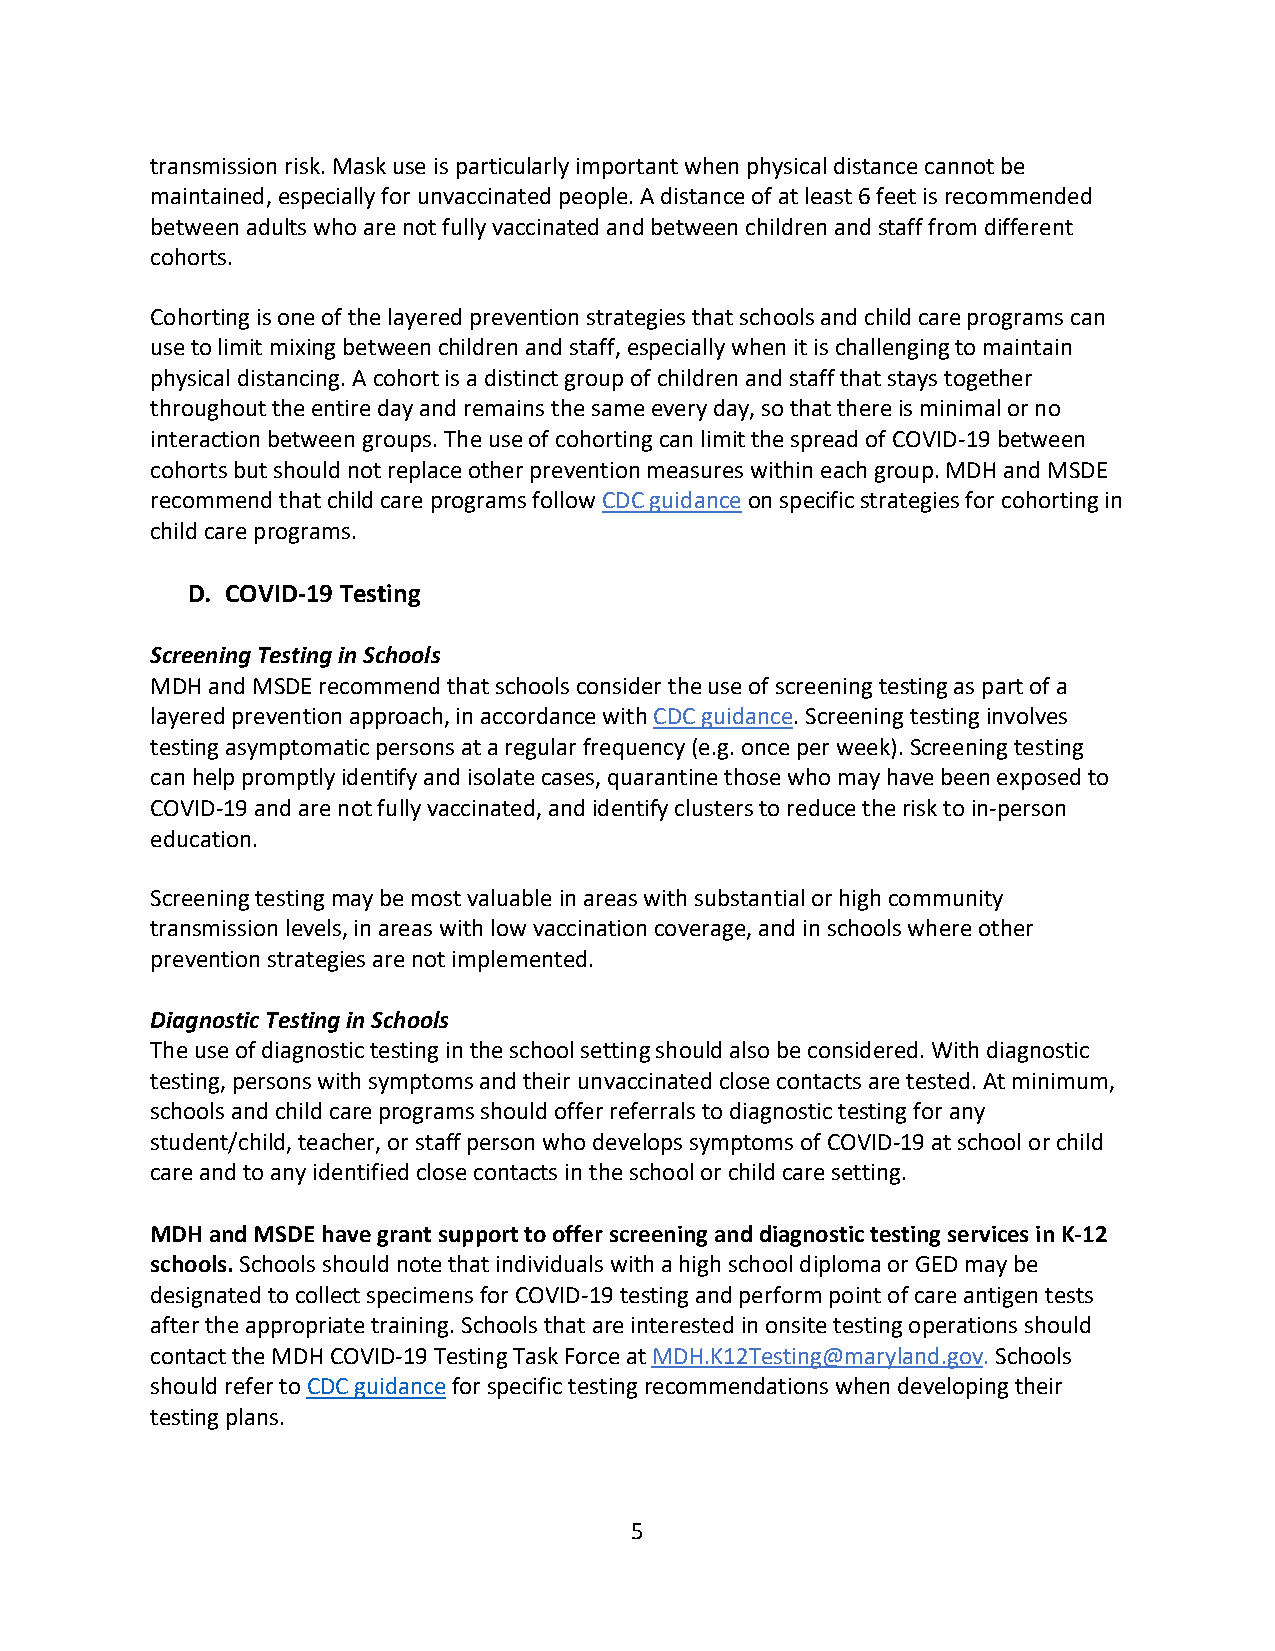
transmission risk. Mask use is particularly important when physical distance cannot be
 maintained, especially for unvaccinated people. A distance of at least 6 feet is recommended
 between adults who are not fully vaccinated and between children and staff from different
 cohorts.
 Cohorting is one of the layered prevention strategies that schools and child care programs can
 use to limit mixing between children and staff, especially when it is challenging to maintain
 physical distancing. A cohort is a distinct group of children and staff that stays together
 throughout the entire day and remains the same every day, so that there is minimal or no
 interaction between groups. The use of cohorting can limit the spread of COVID-19 between
 cohorts but should not replace other prevention measures within each group. MDH and MSDE
 recommend that child care programs follow CDC guidance on specific strategies for cohorting in
 child care programs.
 D. COVID-19 Testing
 Screening Testing in Schools
 MDH and MSDE recommend that schools consider the use of screening testing as part of a
 layered prevention approach, in accordance with CDC guidance. Screening testing involves
 testing asymptomatic persons at a regular frequency (e.g. once per week). Screening testing
 can help promptly identify and isolate cases, quarantine those who may have been exposed to
 COVID-19 and are not fully vaccinated, and identify clusters to reduce the risk to in-person
 education.
 Screening testing may be most valuable in areas with substantial or high community
 transmission levels, in areas with low vaccination coverage, and in schools where other
 prevention strategies are not implemented.
 Diagnostic Testing in Schools
 The use of diagnostic testing in the school setting should also be considered. With diagnostic
 testing, persons with symptoms and their unvaccinated close contacts are tested. At minimum,
 schools and child care programs should offer referrals to diagnostic testing for any
 student/child, teacher, or staff person who develops symptoms of COVID-19 at school or child
 care and to any identified close contacts in the school or child care setting.
 MDH and MSDE have grant support to offer screening and diagnostic testing services in K-12
 schools. Schools should note that individuals with a high school diploma or GED may be
 designated to collect specimens for COVID-19 testing and perform point of care antigen tests
 after the appropriate training. Schools that are interested in onsite testing operations should
 contact the MDH COVID-19 Testing Task Force at MDH.K12Testing@maryland.gov. Schools
 should refer to CDC guidance for specific testing recommendations when developing their
 testing plans.
 5